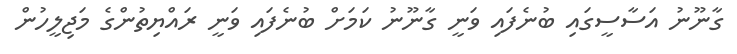
ގާނޫނު އަސާސީގައި ބުނެފައި ވަނީ ގާނޫނު ކަމަށް ބުނެފައި ވަނީ ރައްޔިތުންގެ މަޖިލީހުން